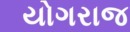
યોગરાજ